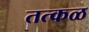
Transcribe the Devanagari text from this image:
तत्कळ